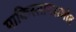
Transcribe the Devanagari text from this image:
पाकिस्तानसमोर